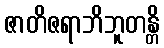
ဇာတိဇရာဘိဘူတန္တိ